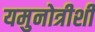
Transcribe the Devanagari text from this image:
यमुनोत्रीशी